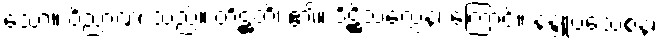
သော။ ဝိညာဏံ၊ သည်။ တိဋ္ဌတိ၊ ၏။ ဒိဋ္ဌိသလ္လေန၊ ကြောင့်။ နန္ဒူပသေစနံ၊